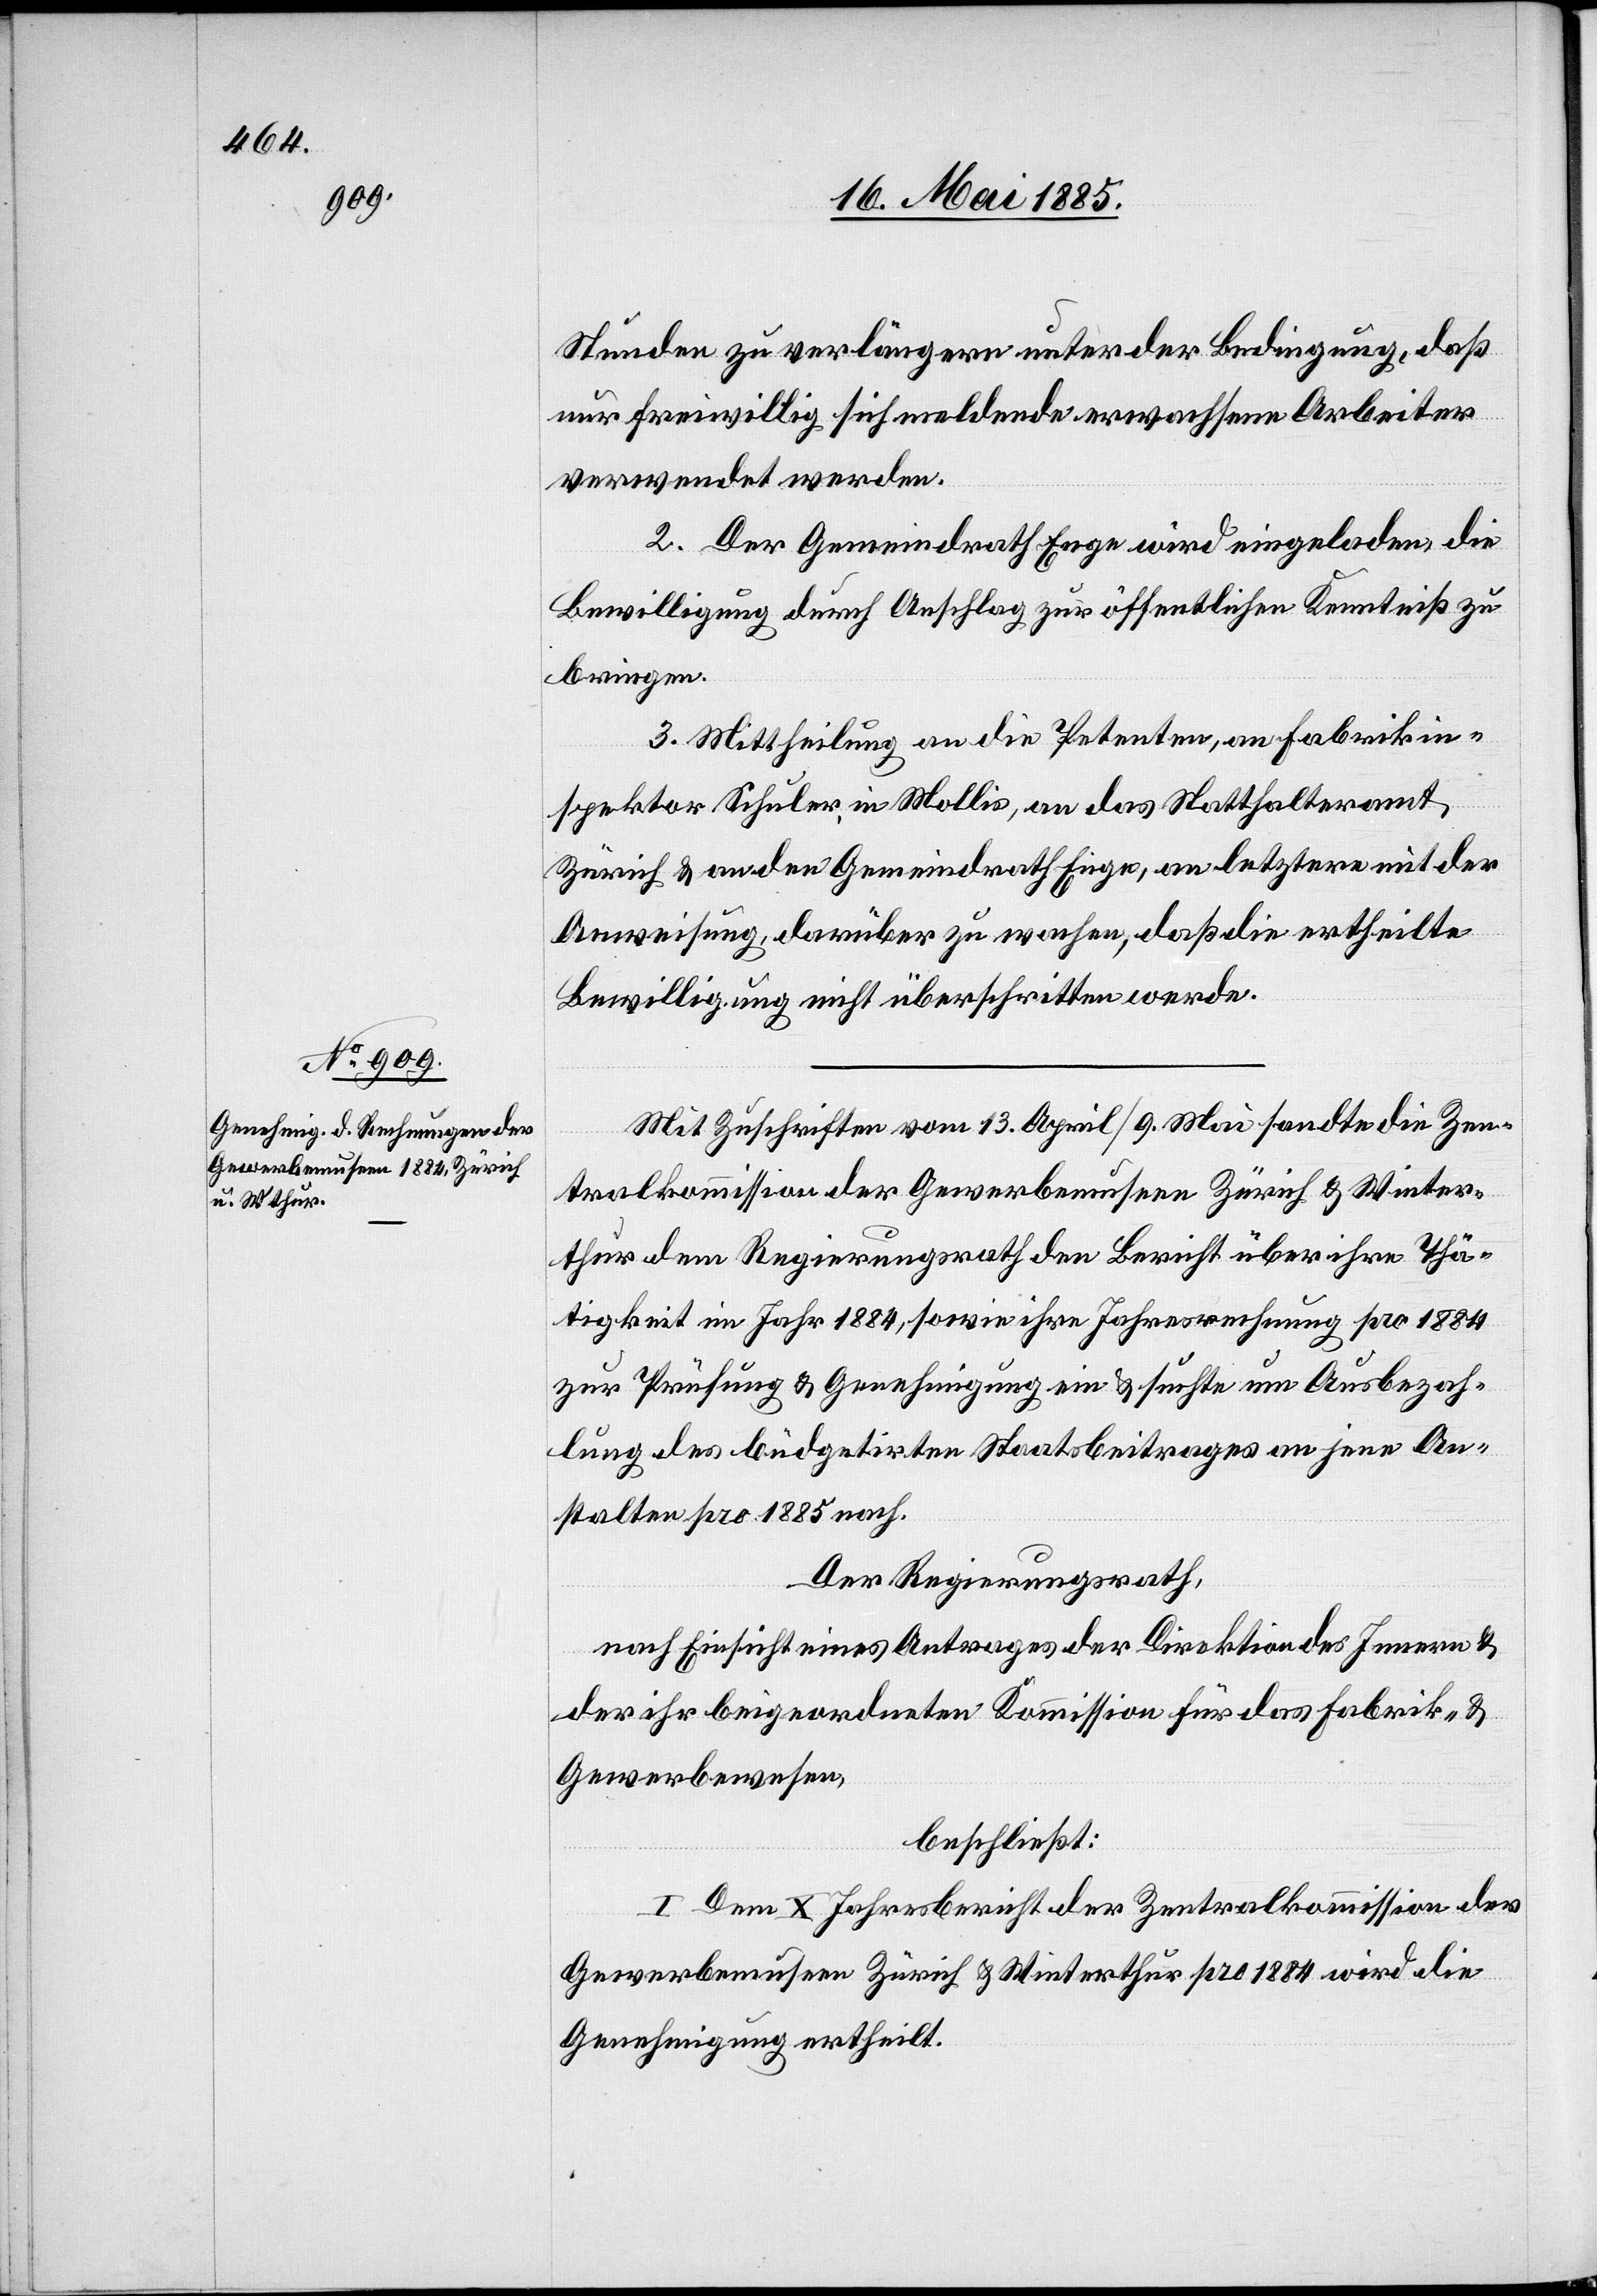
Stunden zu verlängern unter der Bedingung, daß
nur freiwillig sich meldende erwachsene Arbeiter
verwendet werden.
2 Der Gemeindrath Enge wird eingeladen, die
Bewilligung durch Anschlag zur öffentlichen Kenntniß zu
bringen.
3. Mittheilung an die Petenten, an Fabrikin¬
spektor Schuler, in Mollis, an das Statthalteramt
Zürich & an den Gemeindrath Enge, an letztern mit der
Anweisung, darüber zu wachen, daß de ertheilte
Bewilligung nicht überschritten werde.
Mit Zuschriften vom 13. April/9. Mai sandte die Zen¬
tralkommission der Gewerbemuseen Zürich & Winter¬
thur dem Regierungsrath den Bericht über ihre Thä¬
tigkeit im Jahr 1884, sowie ihre Jahresrechnung pro 1884
zur Prüfung & Genehmigung ein & suchte um Ausbezah¬
lung des büdgetirten Staatsbeitrages an jene An¬
stalten pro 1885 nach.
Der Regierungsrath,
nach Einsicht eines Antrages der Direktion des Innern &
der ihr beigeordneten Kommission für das Fabrik- &
Gewerbewesen,
beschließt:
I. Dem X. Jahresbericht der Zentralkommission der
Gewerbemuseen Zürich & Winterthur pro 1884 wird die
Genehmigung ertheilt.